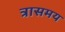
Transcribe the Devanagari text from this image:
त्रासमय